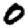
Digit: 0